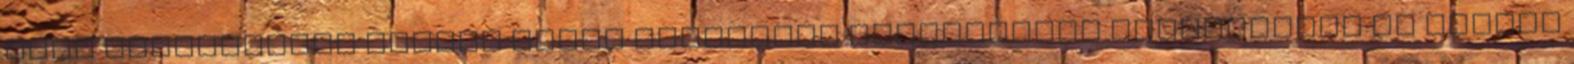
kell elkészíteni Kínálj saját készítésű tojáslikőrt vendégednek és fogadd